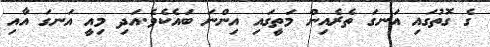
ގެ ގޮތުގައި އަނގަ ތެރެއިން މަތީގައި އިންނަ ބައެކެވެ.އަދި މިއީ އަނގަ އާއި